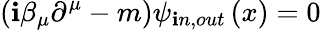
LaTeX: \left(\mathbf{i}\beta_{\mu}\partial^{\mu}-m\right)\psi_{\mathbf{i}n,out}\left(x\right)=0